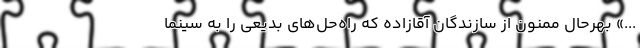
...» بهرحال ممنون از سازندگان آقازاده که راه‌حل‌های بدیعی را به سینما